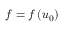
f = f \left( u _ { 0 } \right)